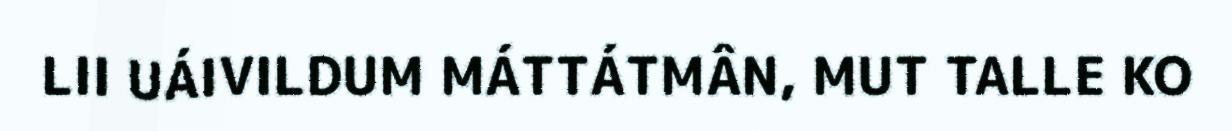
LII UÁIVILDUM MÁTTÁTMÂN, MUT TALLE KO